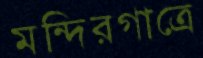
মন্দিরগাত্রে